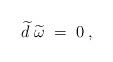
LaTeX: \begin{align*}\widetilde{d}\;\widetilde{\omega }\;=\;0\;, \end{align*}